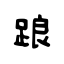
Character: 踉